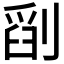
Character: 𠞞